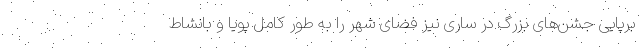
برپایی جشن‌های بزرگ در ساری نیز فضای شهر را به طور کامل پویا و بانشاط